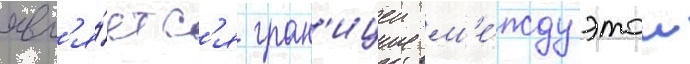
явл'я́етс'я гран'ицеи м'е́жду этои